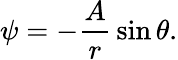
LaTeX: \psi=-{\frac{A}{r}}\sin\theta.